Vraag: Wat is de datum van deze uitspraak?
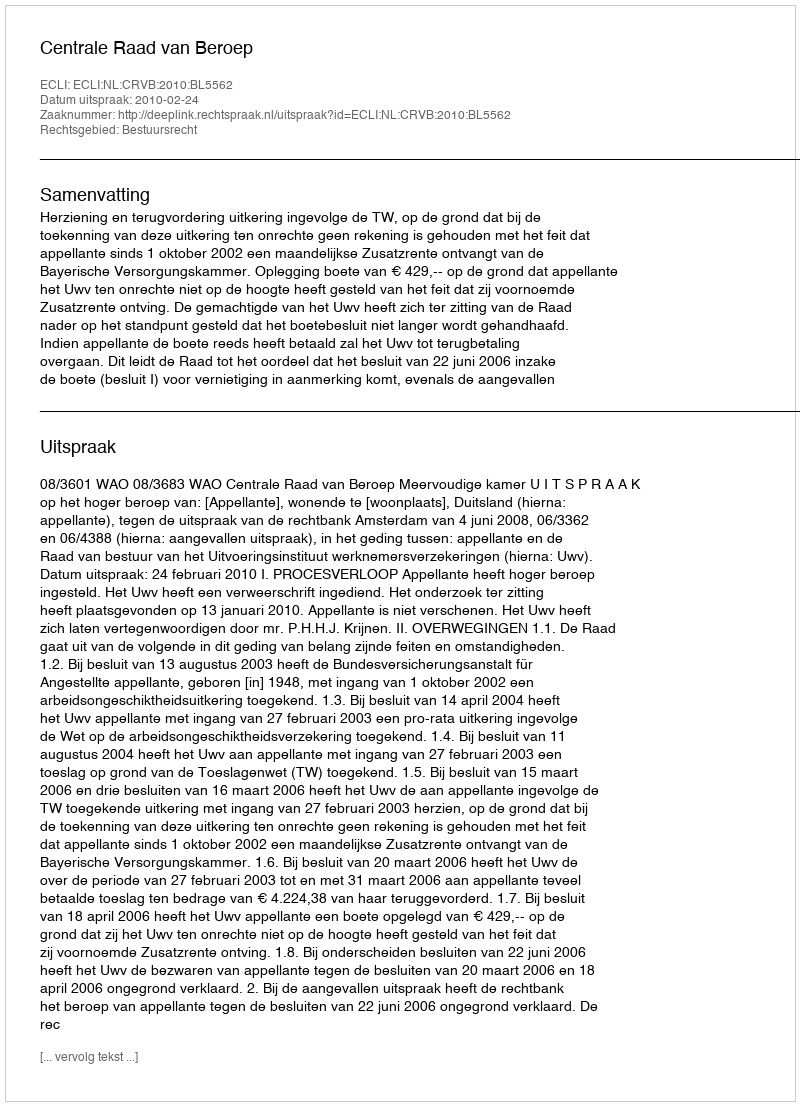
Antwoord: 2010-02-24